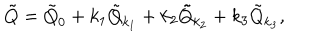
\tilde { Q } = \tilde { Q } _ { 0 } + k _ { 1 } \tilde { Q } _ { k _ { 1 } } + k _ { 2 } \tilde { Q } _ { k _ { 2 } } + k _ { 3 } \tilde { Q } _ { k _ { 3 } } ,